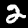
Label: 2